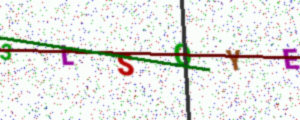
Text: 3LSQYE